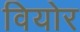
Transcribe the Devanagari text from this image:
वियोर